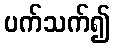
ပက်သက်၍